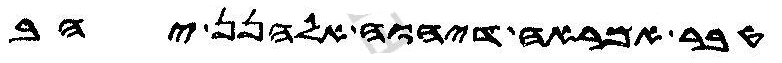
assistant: טבר אמראה דיהוה אלהנן יהב